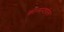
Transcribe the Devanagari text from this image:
कान्सन्टपोल